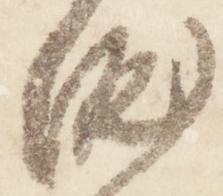
涯